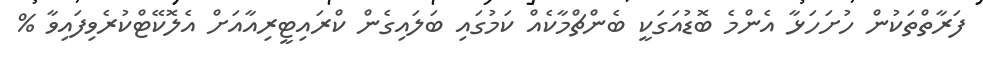
ފަރާތްތަކުން ހުށަހަޅާ އެންމެ ބޮޑުއަގަކީ ބެންޗްމާކެއް ކަމުގައި ބަލައިގެން ކްރައިޓީރިއާއަށް އެލޮކޭޓްކުރެވިފައިވާ %